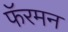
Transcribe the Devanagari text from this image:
फॅरमन